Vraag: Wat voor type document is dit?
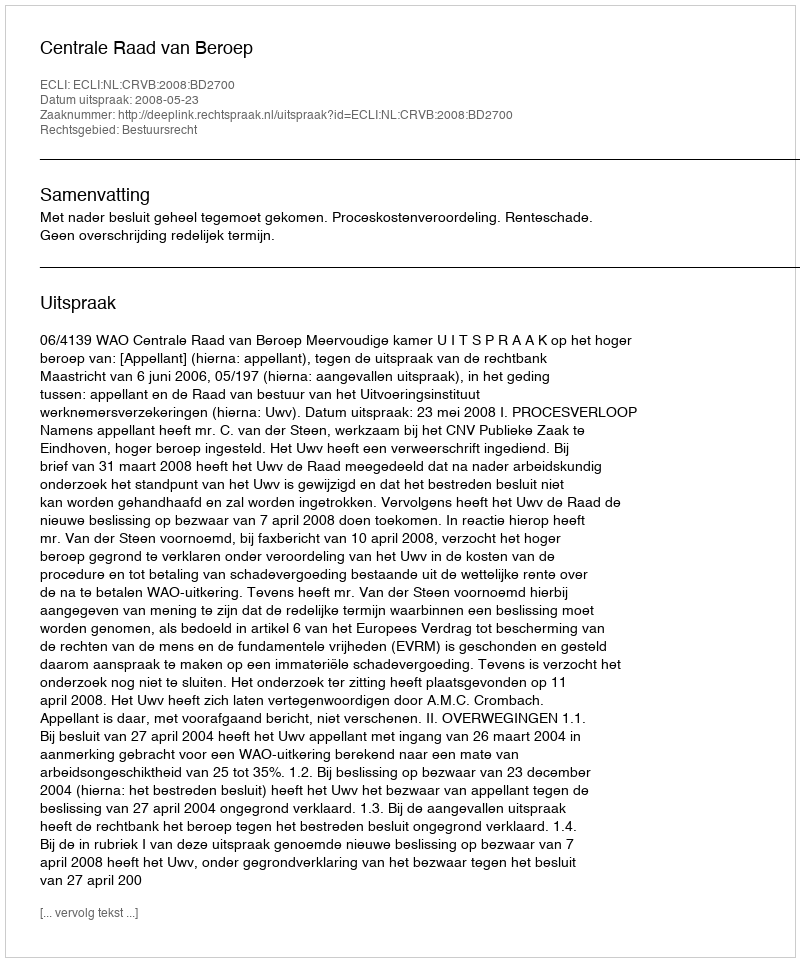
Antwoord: Uitspraak